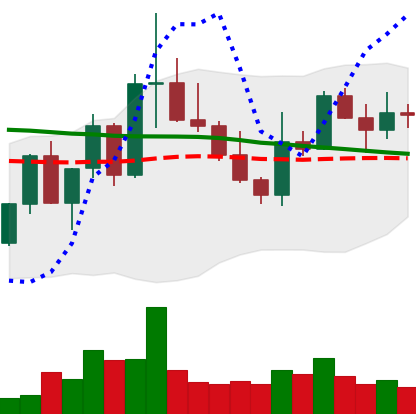
Ticker: XLM-USD
Chart end date: 2022-10-05
Forward return: 4.093%
Label: up_3_5